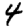
Digit: 4